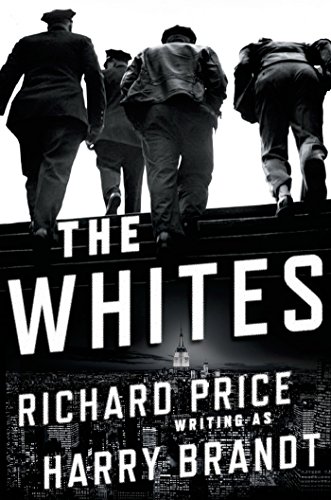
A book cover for The Whites: A Novel; Richard Price; Mystery, Thriller & Suspense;